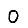
Digit: 0